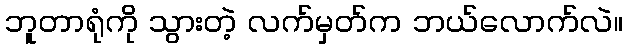
ဘူတာရုံကို သွားတဲ့ လက်မှတ်က ဘယ်လောက်လဲ။